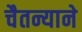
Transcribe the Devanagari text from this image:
चैतन्याने